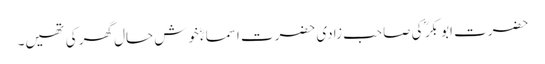
حضرت ابو بکر ؓ کی صاحب زادی حضرت اسماءؓ خوش حال گھر کی تھیں۔